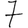
Digit: 7